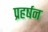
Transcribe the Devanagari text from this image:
प्रहर्षन